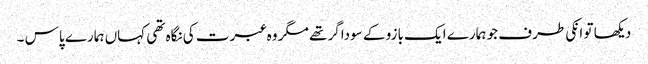
دیکھا تو انکی طرف جو ہمارے ایک بازو کے سوداگر تھے مگر وہ عبرت کی نگاہ تھی کہاں ہمارے پاس ۔